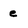
Character: e